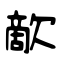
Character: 歒